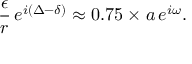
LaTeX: \frac { \epsilon } { r } \, e ^ { i ( \Delta - \delta ) } \approx 0 . 7 5 \times a \, e ^ { i \omega } .